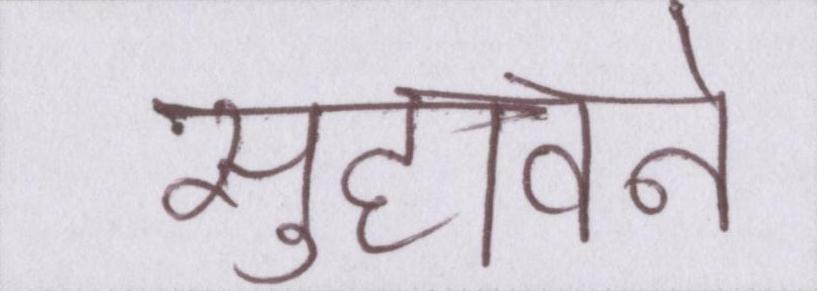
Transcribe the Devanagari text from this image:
सुहावने